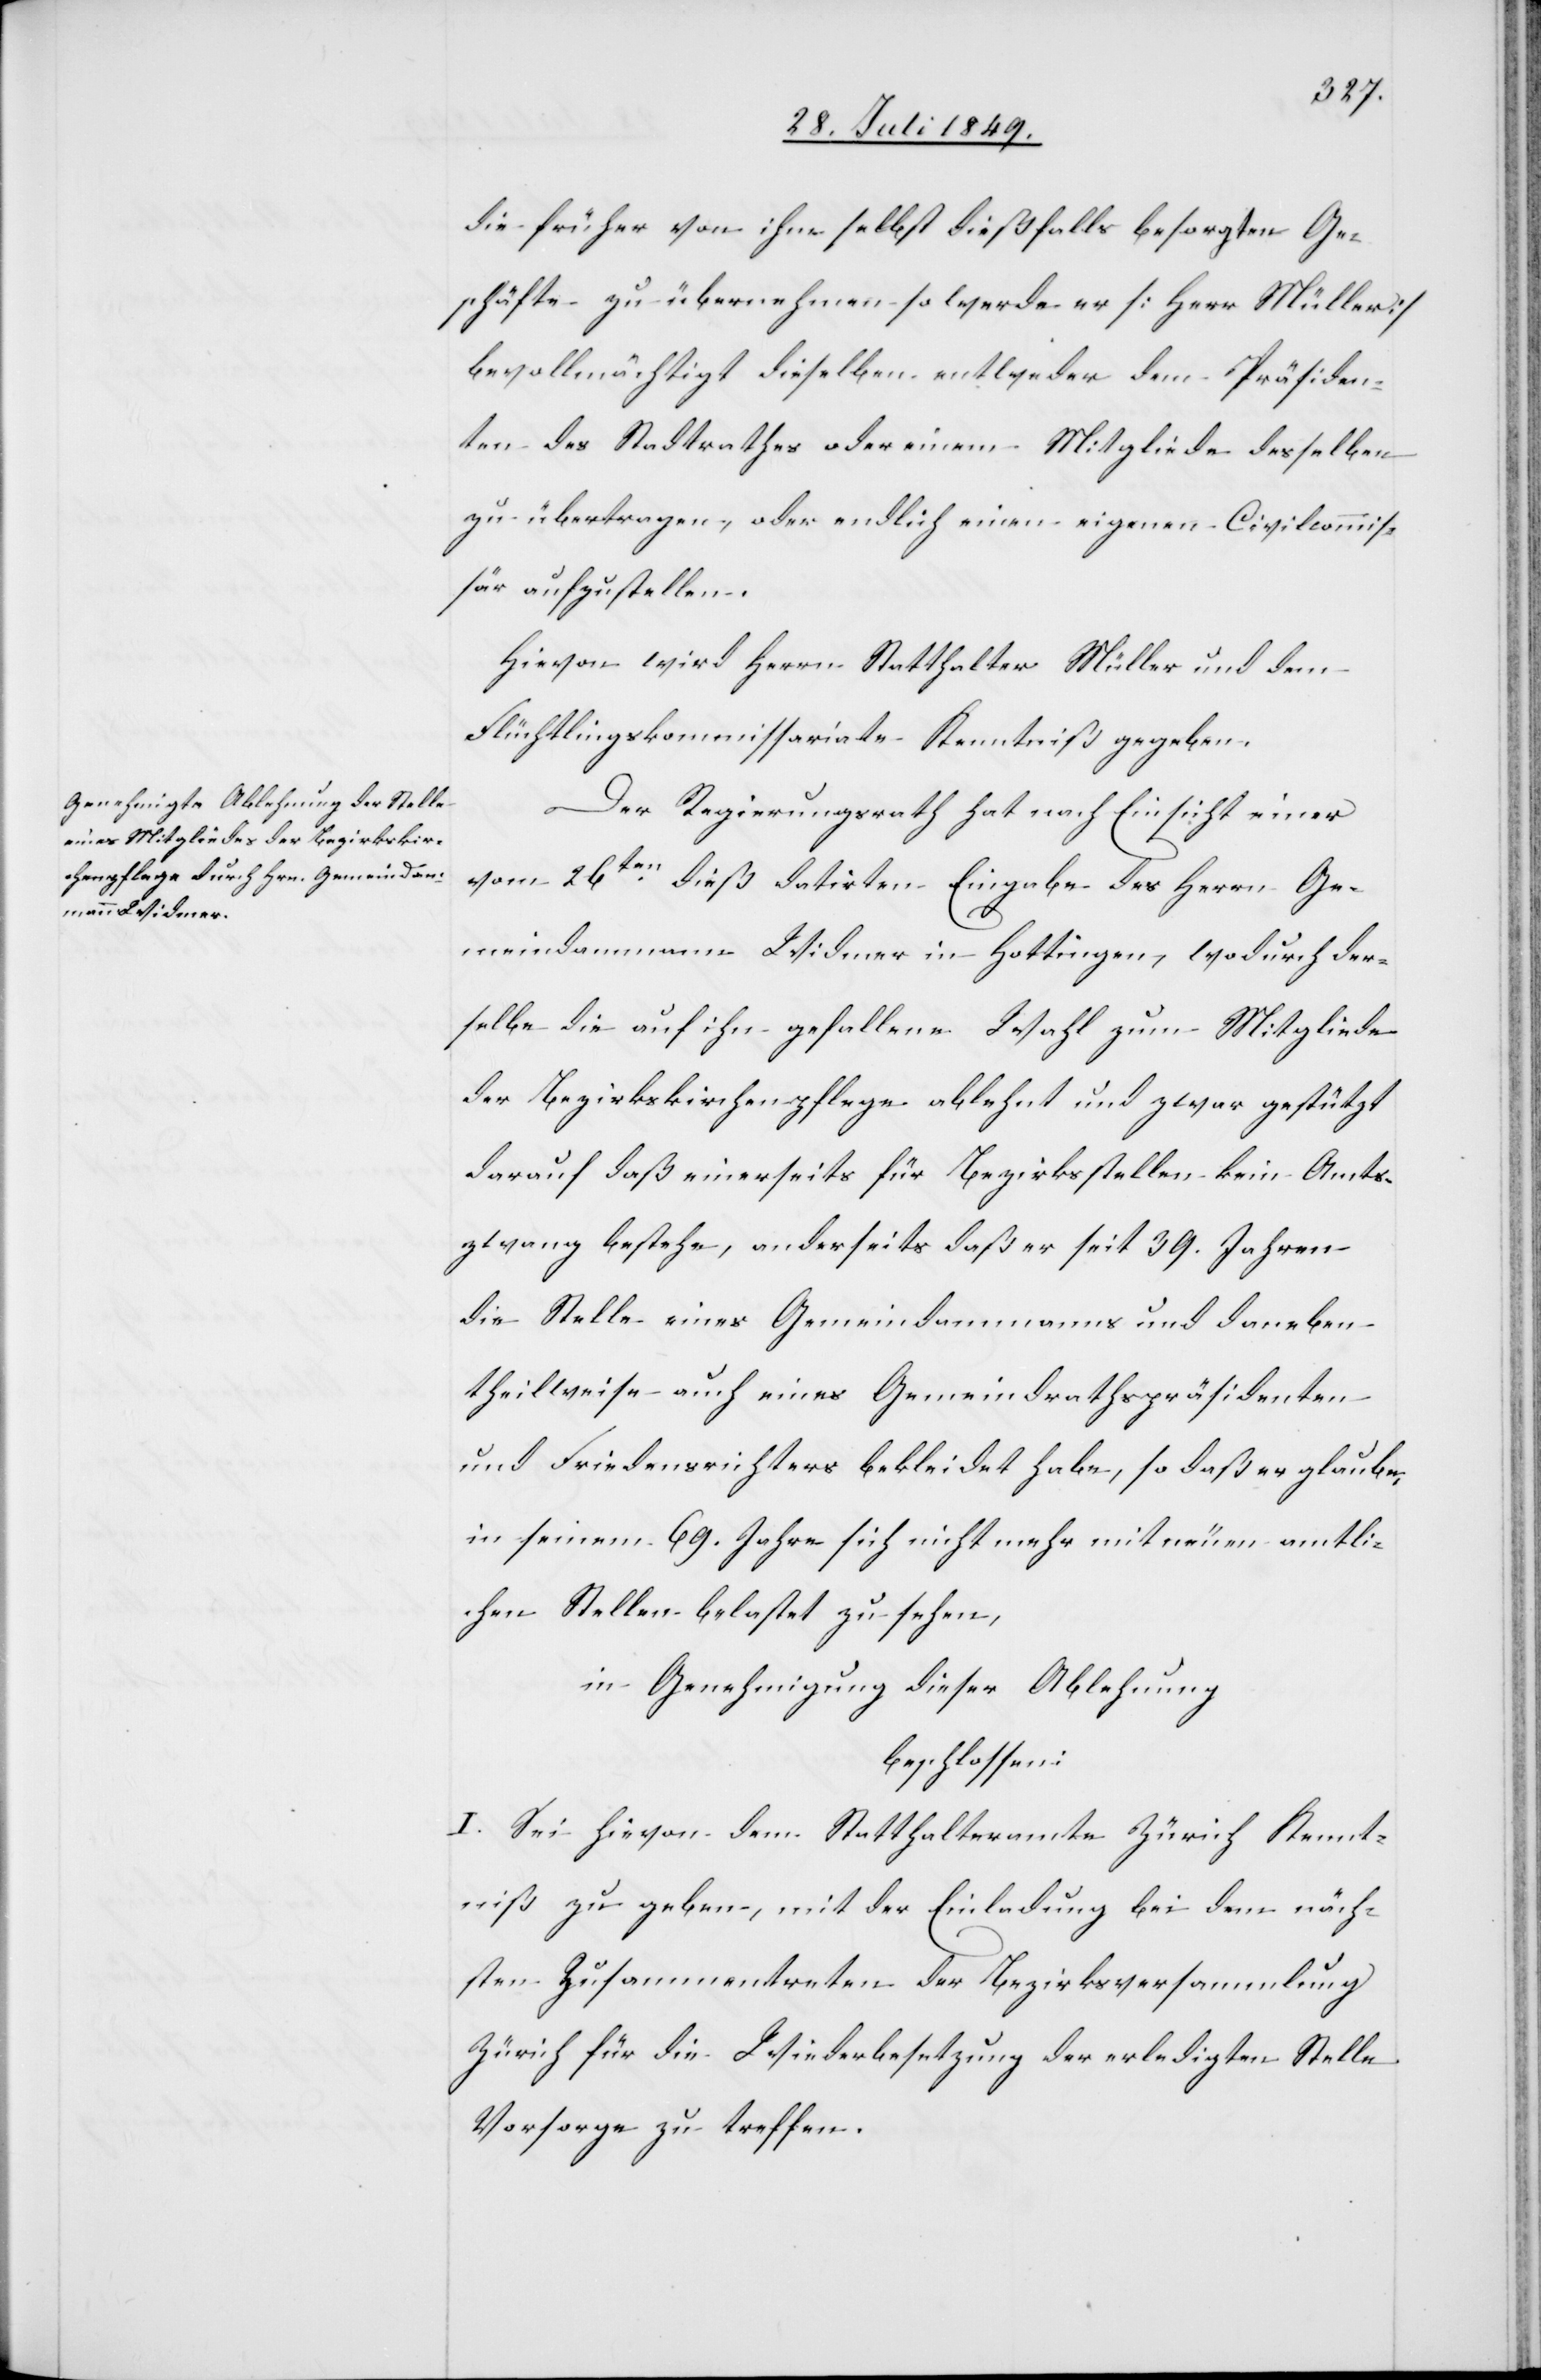
die früher von ihm selbst dießfalls besorgten Ge¬
schäfte zu übernehmen so werde er [Herr Müller]
bevollmächtigt dieselben entweder dem Präsiden¬
ten des Stadtrathes oder einem Mitgliede desselben
zu übertragen, oder endlich einen eigenen Civilcommis¬
sär aufzustellen.
Hievon wird Herrn Statthalter Müller und dem
Flüchtlingskommissariate Kenntniß gegeben.
Der Regierungsrath hat nach Einsicht einer
vom 26ten dieß datirten Eingabe des Herrn Ge¬
meindammann Widmer in Hottingen, wodurch der¬
selbe die auf ihn gefallene Wahl zum Mitgliede
der Bezirkskirchenpflege ablehnt und zwar gestützt
darauf daß einerseits für Bezirksstellen kein Amts¬
zwang bestehe, anderseits daß er seit 39. Jahren
die Stelle eines Gemeindammanns und daneben
theilweise auch eines Gemeindrathspräsidenten
und Friedensrichters bekleidet habe, so daß er glaube,
in seinem 69. Jahre sich nicht mehr mit neuen amtli¬
chen Stellen belastet zu sehen,
in Genehmigung dieser Ablehnung
beschlossen:
I. Sei hievon dem Statthalteramte Zürich Kennt¬
niß zu geben, mit der Einladung bei dem näch¬
sten Zusammentreten der Bezirksversammlung
Zürich für die Wiederbesetzung der erledigten Stelle
Vorsorge zu treffen.